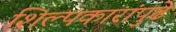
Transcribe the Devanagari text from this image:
शिल्पकारांपुढे